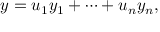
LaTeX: y = u _ { 1 } y _ { 1 } + \cdots + u _ { n } y _ { n } ,